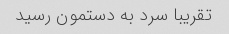
تقریبا سرد به دستمون رسید